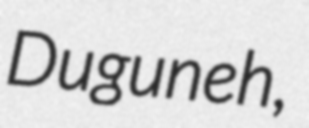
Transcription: Duguneh,